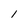
Character: 1